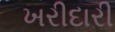
ખરીદારી